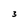
Character: 3